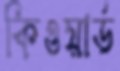
কিওয়ার্ড